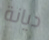
ديانة